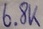
Text: 6.8K